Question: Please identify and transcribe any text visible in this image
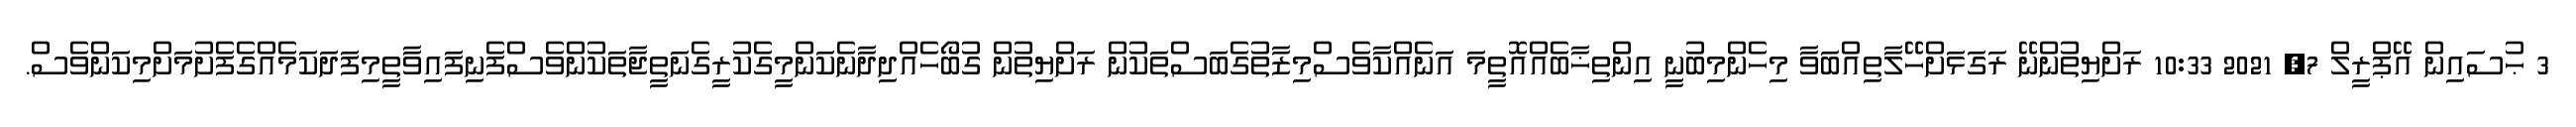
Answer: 3 ޙުސައިން އޭޕްރީލް 7, 2021 10:33 ރަށްޔިތުންނޭ ރަގަޅަށްހޭލާތިއްބަވާ މިހެންމިބުނީ އިންތިޚާބެއްއޮތީމަ އަނެއްކާވެސްމިޒާތުގެބަސްތަކުން ރަށްޔިތުން ގުބޯހެއްދިދާނެކަންމީގެކުރީގެނަތީޖާތަކުންވެސްފެނިފައިވާތީމިފަދަކަމެއްގެފެށުމަށްމިކަންވެސް.